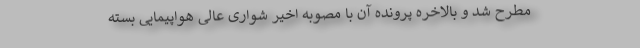
مطرح شد و بالاخره پرونده آن با مصوبه اخیر شواری عالی هواپیمایی بسته